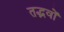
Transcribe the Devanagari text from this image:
तद्भवों